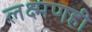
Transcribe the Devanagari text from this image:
लक्ष्मणही